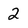
Character: 2